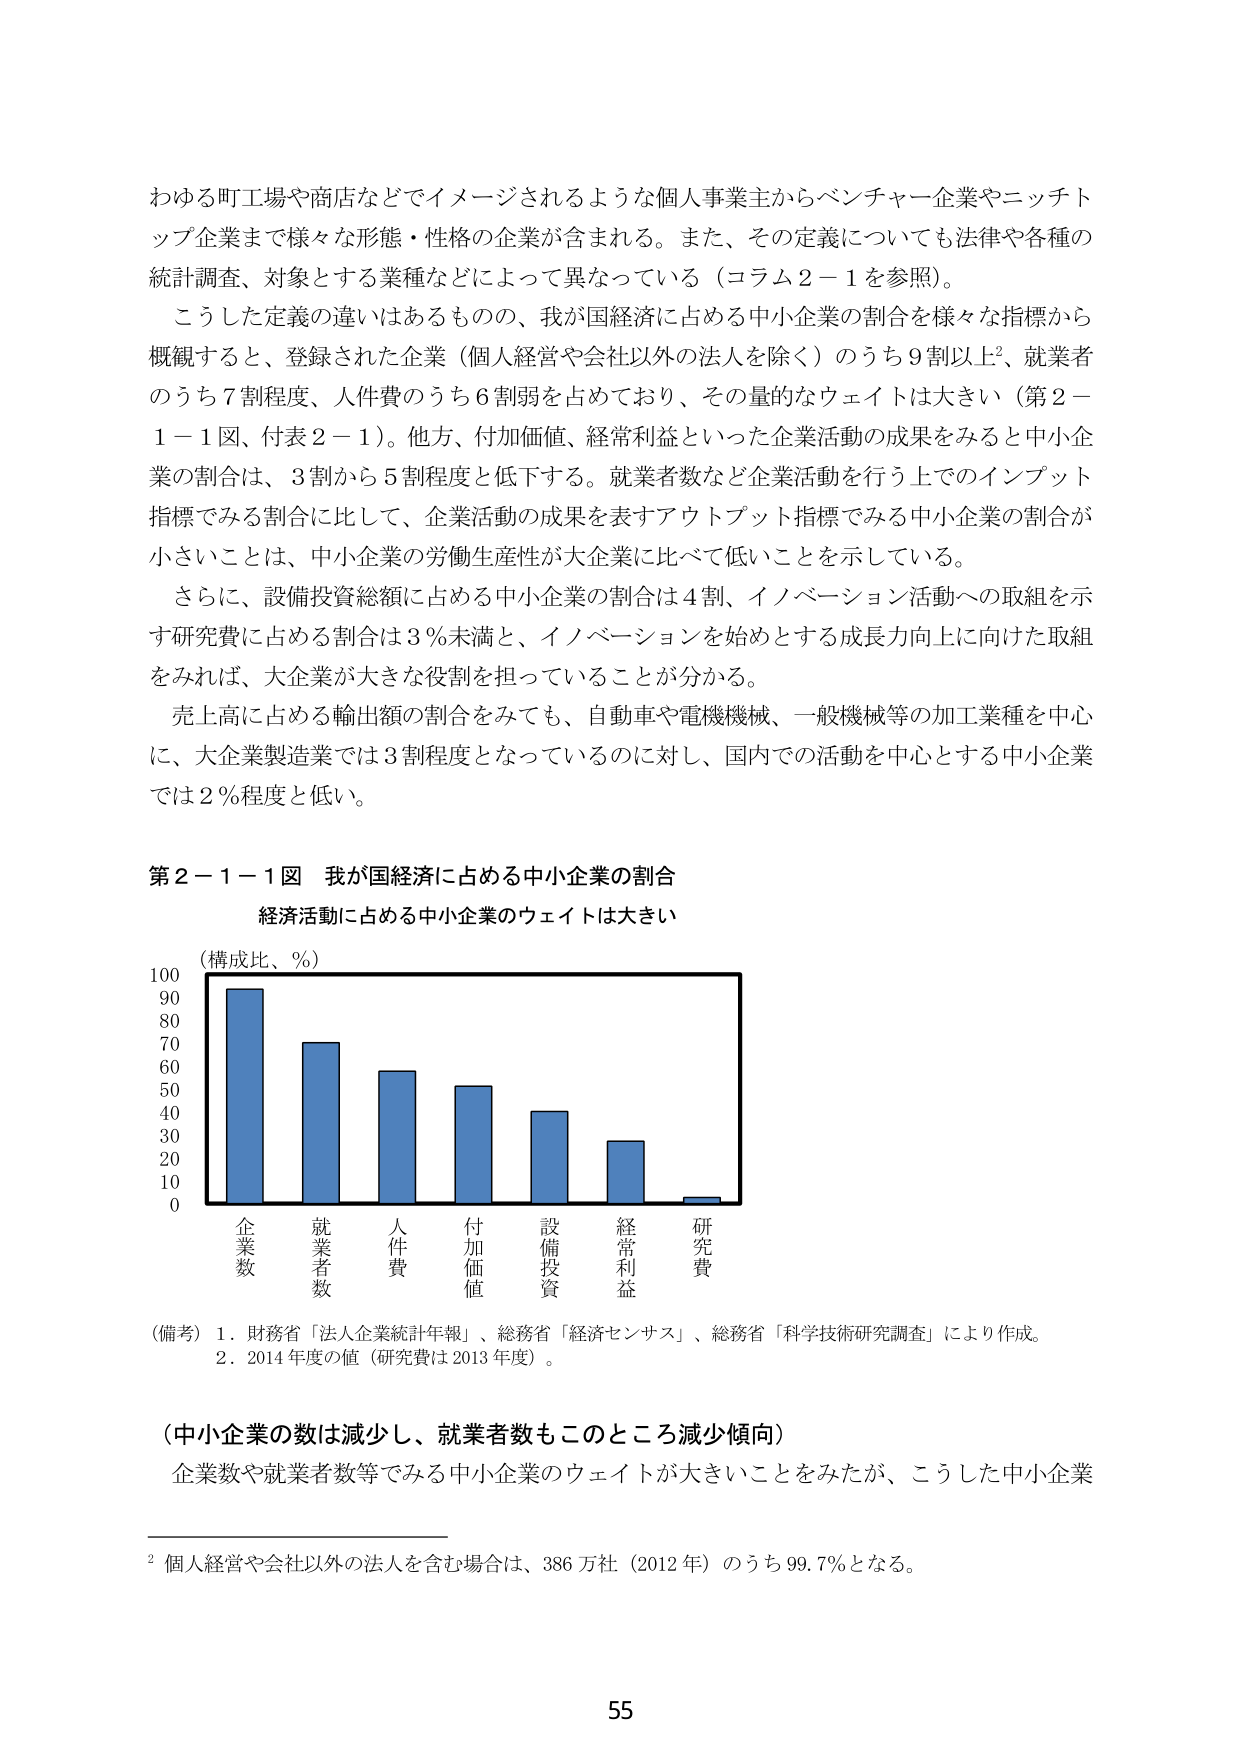
わゆる町工場や商店などでイメージされるような個人事業主からベンチャー企業やニッチトップ企業まで様々な形態・性格の企業が含まれる。また、その定義についても法律や各種の統計調査、対象とする業種などによって異なっている（コラム２－１を参照）。

こうした定義の違いはあるものの、我が国経済に占める中小企業の割合を様々な指標から概観すると、登録された企業（個人経営や会社以外の法人を除く）のうち９割以上²、就業者のうち７割程度、人件費のうち６割弱を占めており、その量的なウェイトは大きい（第２－１－１図、付表２－１）。他方、付加価値、経常利益といった企業活動の成果をみると中小企業の割合は、３割から５割程度と低下する。就業者数など企業活動を行う上でのインプット指標でみる割合に比して、企業活動の成果を表すアウトプット指標でみる中小企業の割合が小さいことは、中小企業の労働生産性が大企業に比べて低いことを示している。

さらに、設備投資総額に占める中小企業の割合は４割、イノベーション活動への取組を示す研究費に占める割合は３％未満と、イノベーションを始めとする成長力向上に向けた取組をみれば、大企業が大きな役割を担っていることが分かる。

売上高に占める輸出額の割合をみても、自動車や電機機械、一般機械等の加工業種を中心に、大企業製造業では３割程度となっているのに対し、国内での活動を中心とする中小企業では２％程度と低い。

第２－１－１図 我が国経済に占める中小企業の割合
経済活動に占める中小企業のウェイトは大きい

（構成比、％）
100
90
80
70
60
50
40
30
20
10
0

企業数
就業者数
人件費
付加価値
設備投資
経常利益
研究費

（備考）１．財務省「法人企業統計年報」、総務省「経済センサス」、総務省「科学技術研究調査」により作成。
　　　２．2014年度の値（研究費は2013年度）。

（中小企業の数は減少し、就業者数もこのところ減少傾向）
企業数や就業者数等でみる中小企業のウェイトが大きいことをみたが、こうした中小企業

² 個人経営や会社以外の法人を含む場合は、386万社（2012年）のうち99.7％となる。

55